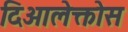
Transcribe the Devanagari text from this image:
दिआलेक्तोस